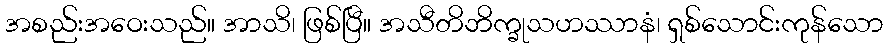
အစည်းအဝေးသည်။ အာသိ၊ ဖြစ်ပြီ။ အသီတိဘိက္ခုသဟဿာနံ၊ ရှစ်သောင်းကုန်သော